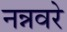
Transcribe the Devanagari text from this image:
नन्नवरे